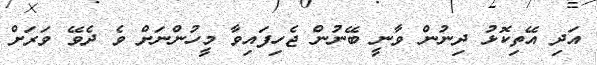
އަދި އޭތިކޮޅު ދިނުން ވާނީ ބޭނުން ޖެހިފައިވާ މީހުންނަށް ވެ ދެވޭ ވަރަށް